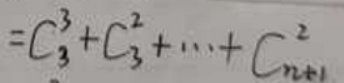
\[=C_{3}^{3}+C_{3}^{2}+\cdots +C_{n + 1}^{2}\]